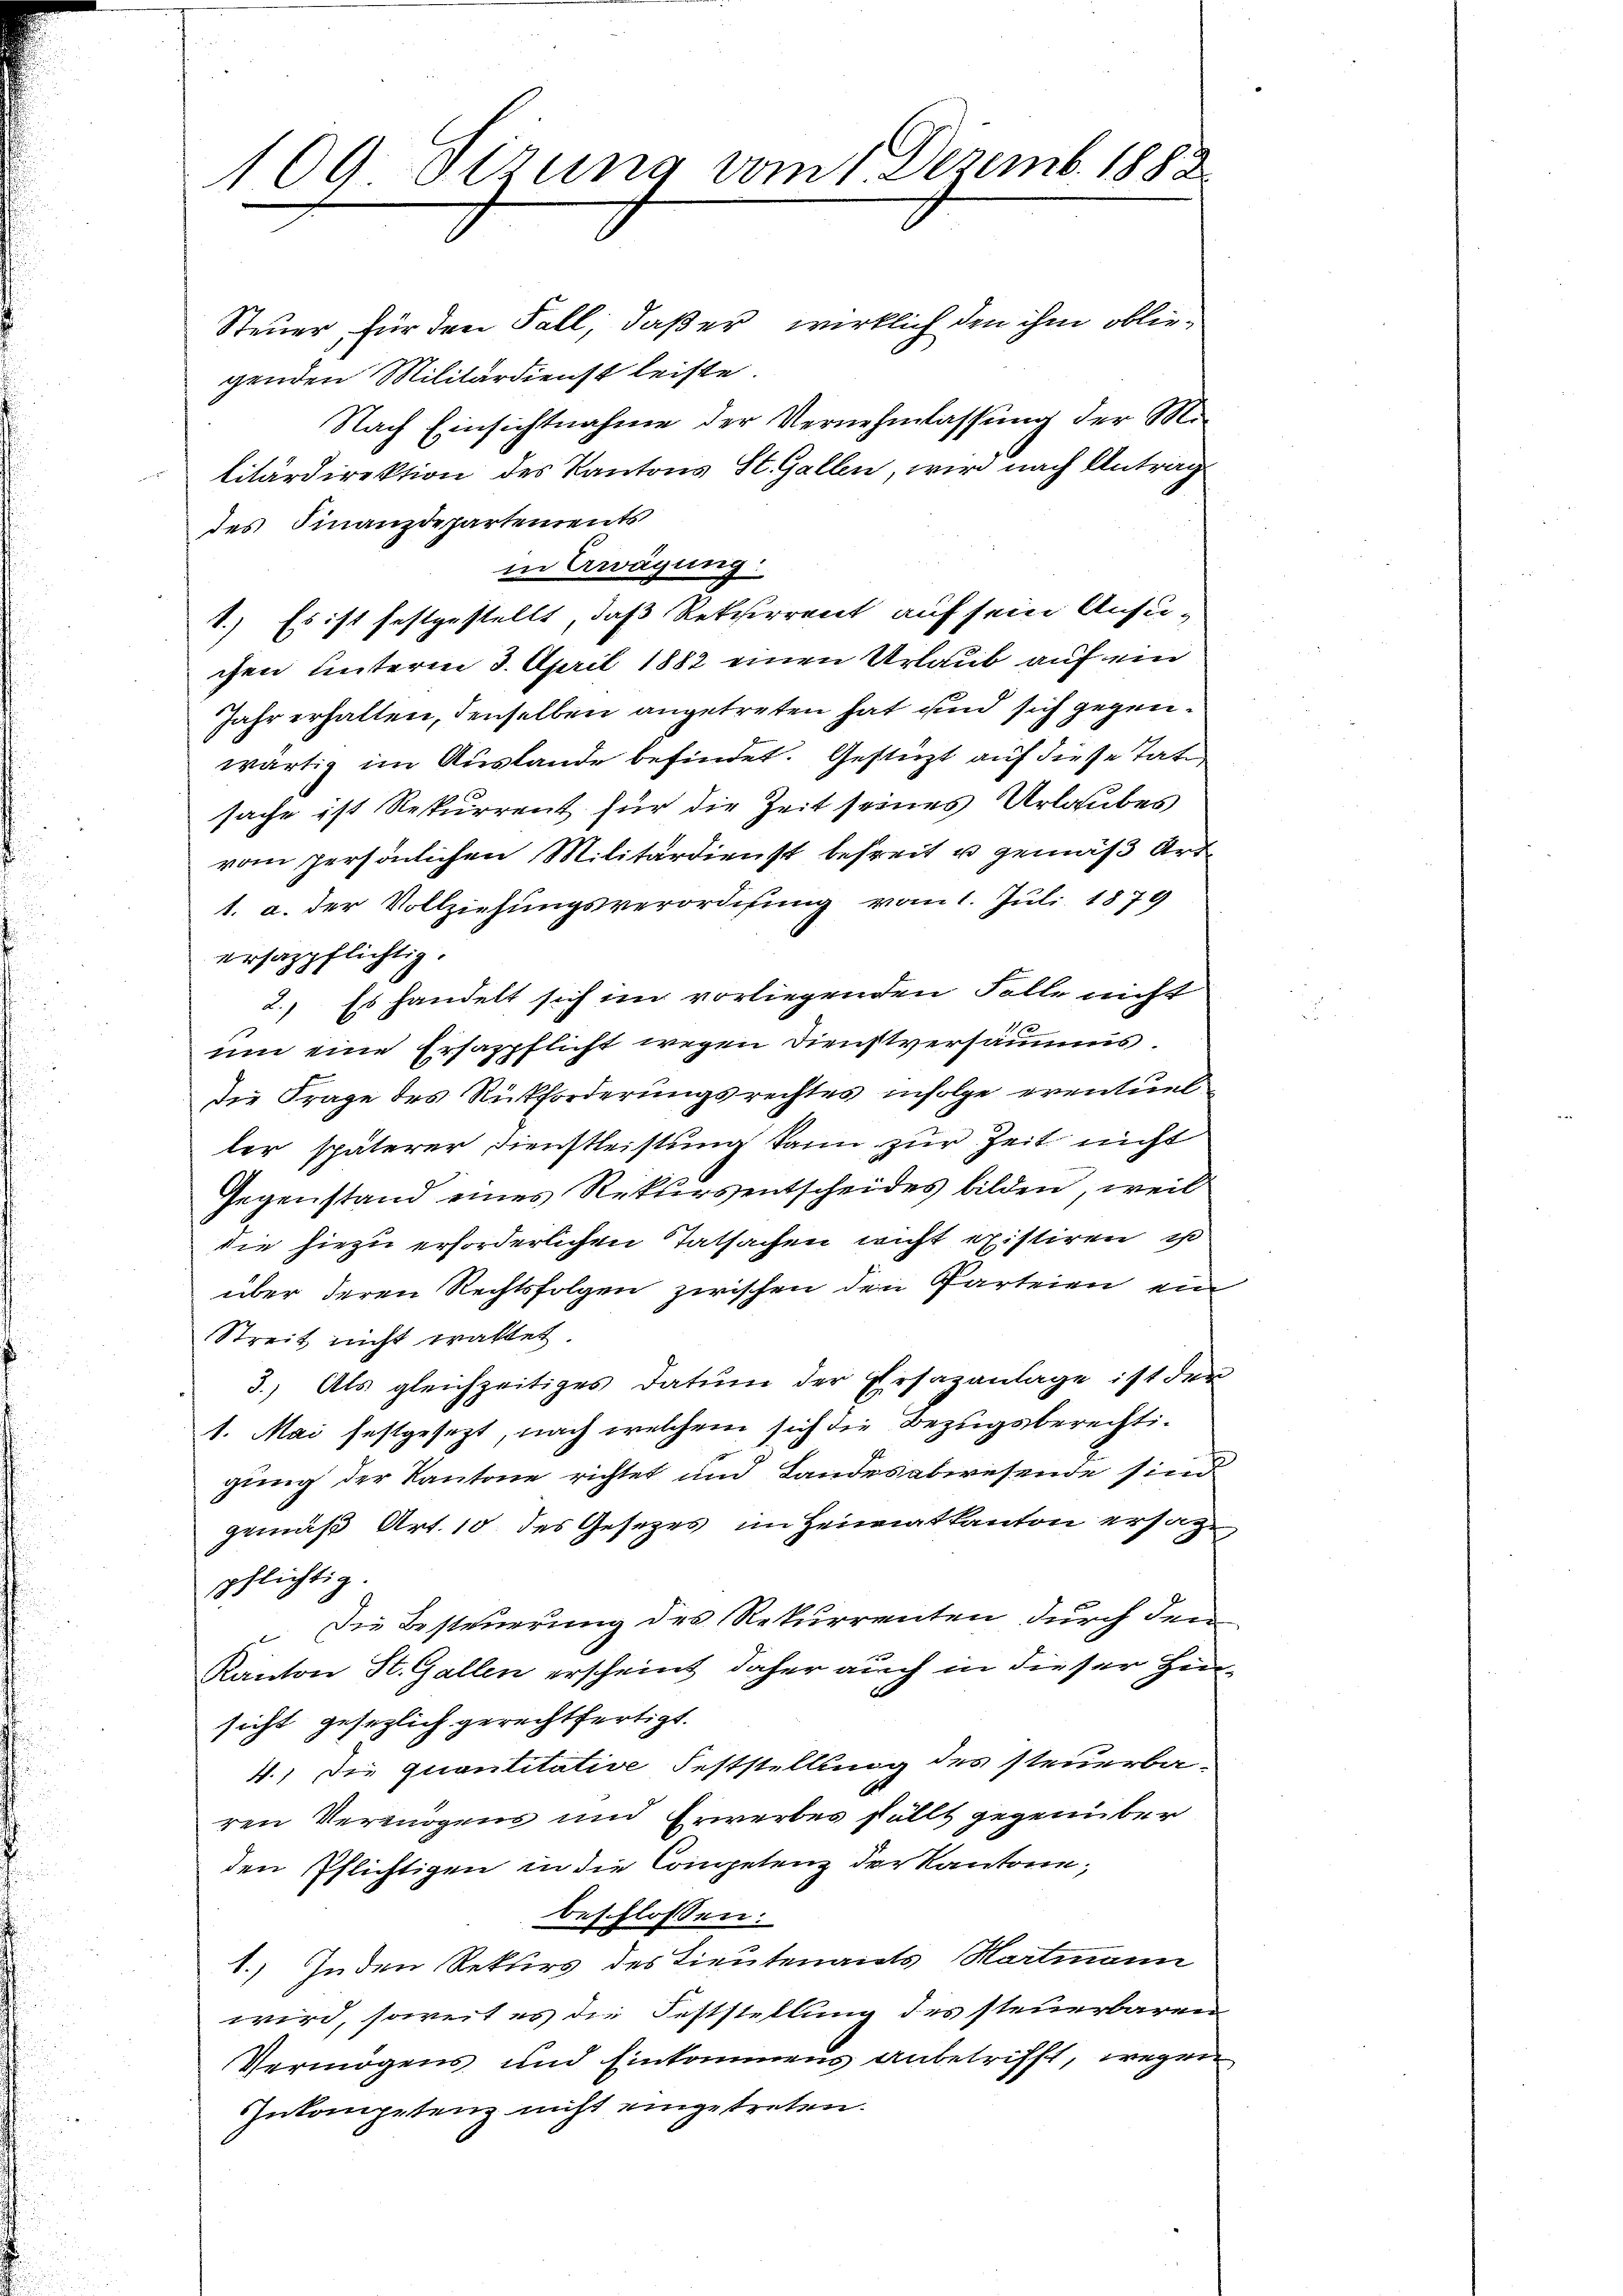
109 Stzung vom 1 Dezemb. 1882

Steuer, für den Fall, daß er wirklich den ihm obliegenden Militärdienst leiste.
Nach Einsichtnahme der Vernehmlassung der Militärdirektion des Kantons St. Gallen, wird nach Antrag
des Finanzdepartements
in Arrägung:
1.) Es ist festgestellt, daß Rekurrent auf sein Ansu-
chen unterm 3. April 1882 einen Urlaub auf ein
Jahr erhalten, denselben angetreten hat und sich gegenwärtig im Auslande befindet. Gestützt auf diese Tate,
sache ist Rekurrent für die Zeit seines Urlaubes
vom persönlichen Militärdienst befreit u gemäß Art.
1. a. der Vollziehungsverordnung vom 1. Juli 1879
ersazpflichtig.
2.) Es handelt sich im vorliegenden Solle nicht
e
um eine Ersazpflicht wegen Dienstversamms.
Die Frage des Rückforderungsrechtes infolge eventuel
ler späterer Dienstleistung kann zur Zeit nicht
Gegenstand eines Rekursentscheides bilden, weil
die hiezu erforderlichen Tatsachen nicht existiren ist
über deren Rechtsfolgen zwischen den Parteien ein
Streit nicht trattet
3.) Als gleichzeitiges Datum der Ersazanlage ist der
1. Mai festgesezt, nach welchem sich die Bezugsberechtigung der Kantone richtet und Landesabwesende sind
gemäß Art. 10 des Gesetzes im Heimatkanton ersatze
pflichtig.
Die Besteuerung des Rekurrenten durch den
Kanton St. Gallen erscheint daher auch in dieser Hinsicht gesezlich gerechtfertigt.
4.) Die quantitative Feststellung des steuerba-
ren Vermögens und Erwerbes fällt gegenüber
den Pflichtigen in die Competenz der Kantone;
beschlossen:
1.) Jeden Rekurs des Lieutenants Hartmann
wird, soweit es die Feststellung des steuerbaren
Vermögens und Einkommens anbetrifft, wegen
Zukompetenz nicht eingetreten.